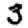
Digit: 3